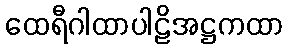
ထေရီဂါထာပါဠိအဋ္ဌကထာ